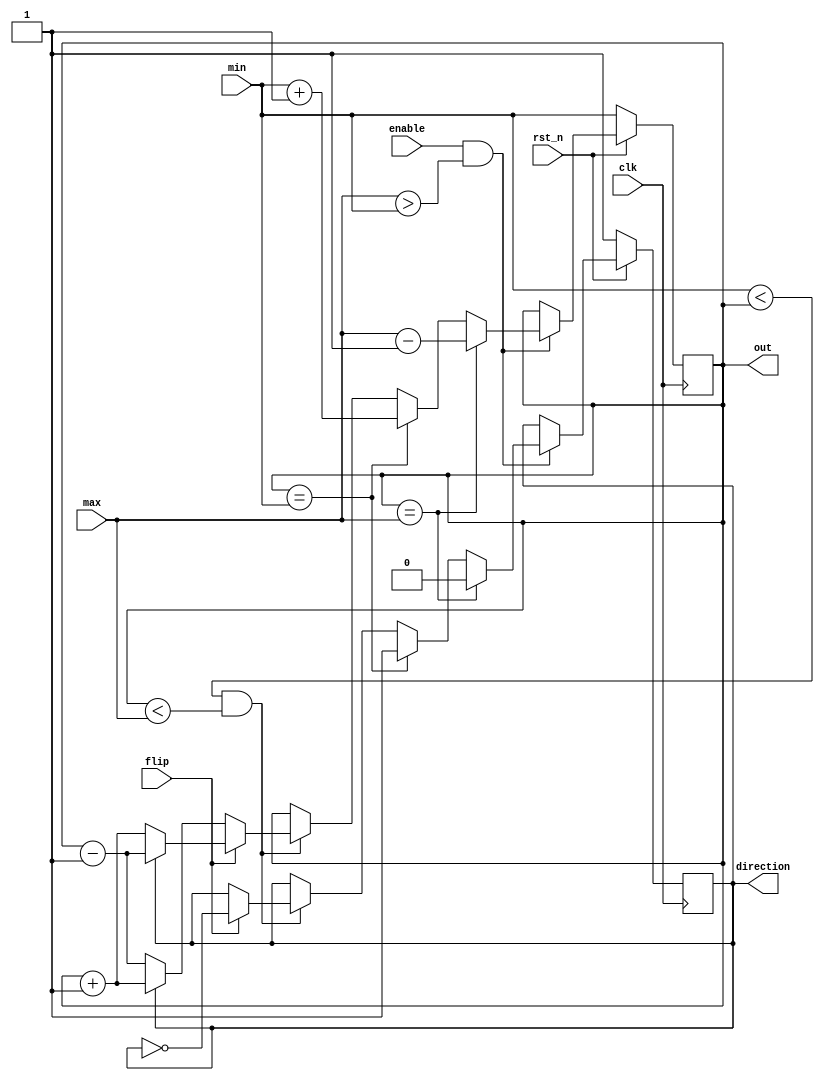
`timescale 1ns/1ps

module Parameterized_Ping_Pong_Counter (clk, rst_n, enable, flip, max, min, direction, out);
input clk, rst_n;
input enable;
input flip;
input [3:0] max;
input [3:0] min;
output direction;
output [3:0] out;

reg [3:0] counter;
reg dir;

//combination output
assign out = counter;
assign direction = dir;

//sequence memory clk
always @ (posedge clk) begin
    if(rst_n==1'b0)begin
        dir<=1'b1;
        counter<=min;
    end
    else begin
        if(enable && (max > min)) begin // operational (begin and max > min)
            if (counter == max) begin // touch max (flipped)
                counter <= max - 4'b0001;
                dir <= 1'b0;
            end
            else if (counter == min) begin // touch min (flipped)
                counter <= min + 4'b0001;
                dir <= 1'b1;
            end
            else if((min < counter )&&( counter < max)) begin // flip-able
                if(flip) begin // flipped
                    counter <= ((dir == 1'b0)? (counter + 1) : (counter - 1));
                    dir <= ~dir;
                end
                else begin // un-flipped
                    counter <= ((dir == 1'b1)? (counter + 1) : (counter - 1));
					dir <= dir;
				end
            end
            else begin // counter out of range
                counter <= counter;
                dir <= dir;
            end
        end
        // not operational (not begin or max < min)
        else begin
            dir <= dir;
            counter <= counter;
        end
    end
end

endmodule